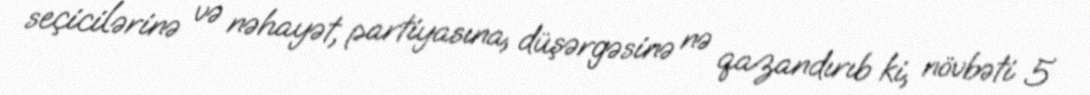
seçicilərinə və nəhayət, partiyasına, düşərgəsinə nə qazandırıb ki, növbəti 5